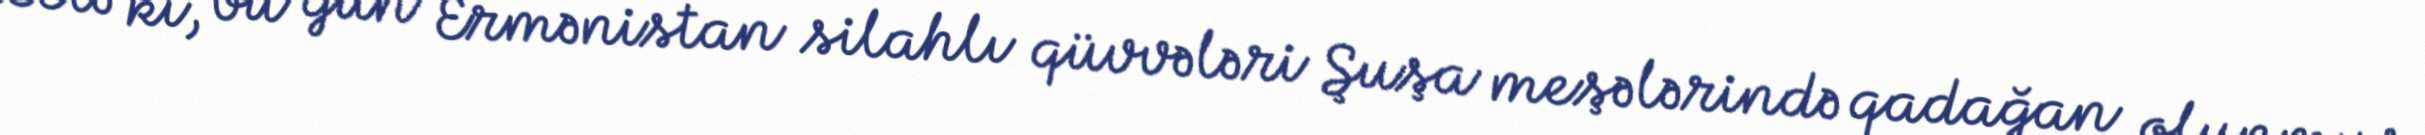
Belə ki, bu gün Ermənistan silahlı qüvvələri Şuşa meşələrində qadağan olunmuş